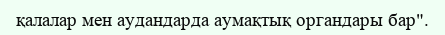
қалалар мен аудандарда аумақтық органдары бар".